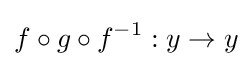
f\circ g\circ f^{-1}:y\to y